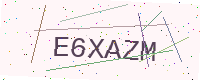
Text: E6XAZM